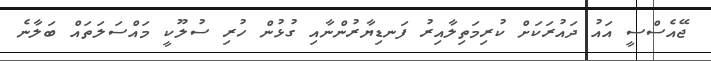
ޖޭއެސްސީ އައު ދައުރަކަށް ކުރިމަތިލާއިރު ފަނޑިޔާރުންނާއި ގުޅުން ހުރި ސުލޫކީ މައްސަލަތައް ބަލާނެ